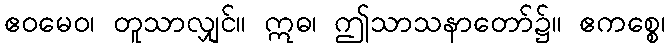
ဧဝမေဝ၊ တူသာလျှင်။ ဣဓ၊ ဤသာသနာတော်၌။ ဧကစ္စေ၊